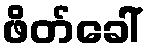
ဖိတ်ခေါ်